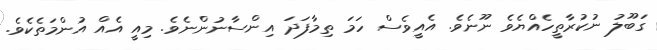
ގަބޫލު ނުކުރާތީހެއްޔެވެ ނޫނެވެ. އެއީވެސް ހަމަ ތިމާފަދަ އިންސާނުންނެވެ. މިއީ އެއް އުންމަތެކެވެ.